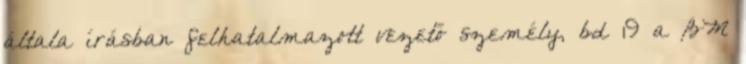
általa írásban felhatalmazott vezető személy, bd 19 a BM